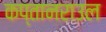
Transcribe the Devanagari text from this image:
कप्तानराउल